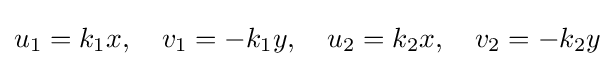
u_{1}=k_{1}x,\quad v_{1}=-k_{1}y,\quad u_{2}=k_{2}x,\quad v_{2}=-k_{2}y